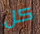
كل